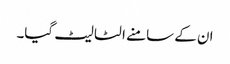
ان کے سامنے الٹا لیٹ گیا۔